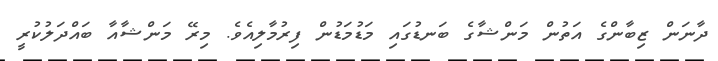
ދާނަން ޒިބާންގެ އަތުން މަންޝާގެ ބަނޑުގައި މަޑުމަޑުން ފިރުމާލިއެވެ. މިރޭ މަންޝާއާ ބައްދަލުކުރީ